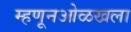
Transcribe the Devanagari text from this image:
म्हणूनओळखला